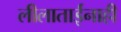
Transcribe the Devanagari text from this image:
लीलाताईंनाही